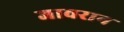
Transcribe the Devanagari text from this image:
जावरान